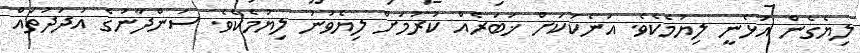
ލިޔެގެން އުޅެނީ ލިޔުމެކެވެ. އަނެކަކަށް ޚަބަރެއް ކުރުމަށް ލިޔެވުނު ލިޔުމެކެވެ. ސަންދާނުގެ އަދަދުތައް